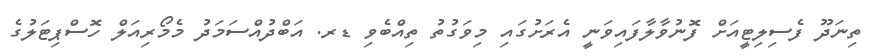
ތިނަދޫ ފެސިލިޓީއަށް ފޮނުވާލާފައިވަނީ އެރަށުގައި މިވަގުތު ތިއްބެވި ޑރ. އަބްދުއްސަމަދު މެމޯރިއަލް ހޮސްޕިޓަލުގެ